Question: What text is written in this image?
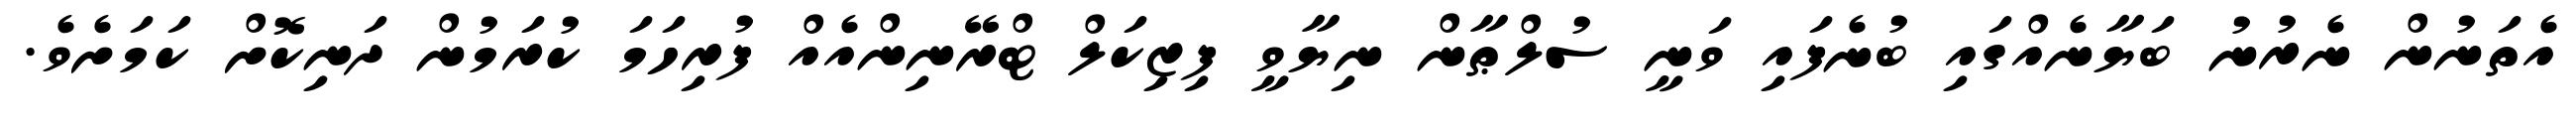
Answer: އެތަނުން ނެރުނު ބަޔާނެއްގައި ބުނެފައި ވަނީ ސުލްޠާން ނިޔާވީ ފިޒިކަލް ޓްރޭނިންއެއް ފުރިހަމަ ކުރަމުން ދަނިކޮށް ކަމަށެވެ.